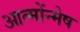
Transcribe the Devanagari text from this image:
आत्मोंन्मेष